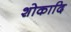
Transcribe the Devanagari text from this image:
शोकादि